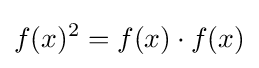
f(x)^{2}=f(x)\cdot f(x)